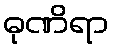
ဓုဏိရာ